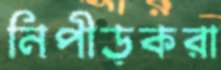
নিপীড়করা